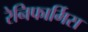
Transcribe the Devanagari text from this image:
रेनिफार्मिस